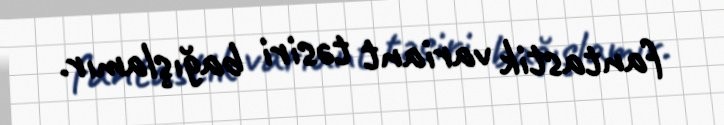
fantastik variant təsiri bağışlamır.